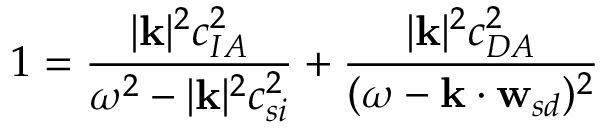
1 = \frac { | \mathbf { k } | ^ { 2 } c _ { I A } ^ { 2 } } { \omega ^ { 2 } - | \mathbf { k } | ^ { 2 } c _ { s i } ^ { 2 } } + \frac { | \mathbf { k } | ^ { 2 } c _ { D A } ^ { 2 } } { ( \omega - \mathbf { k } \cdot \mathbf { w } _ { s d } ) ^ { 2 } }